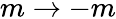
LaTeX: m\rightarrow-m